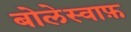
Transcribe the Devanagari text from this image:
बोलेस्वाफ़